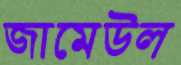
জামেউল